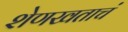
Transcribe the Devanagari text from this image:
शेणखताचं